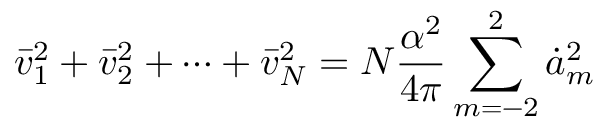
\bar { v } _ { 1 } ^ { 2 } + \bar { v } _ { 2 } ^ { 2 } + \cdots + \bar { v } _ { N } ^ { 2 } = N \frac { \alpha ^ { 2 } } { 4 \pi } \sum _ { m = - 2 } ^ { 2 } \dot { a } _ { m } ^ { 2 }